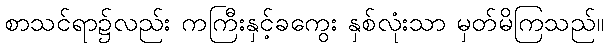
စာသင်ရာ၌လည်း ကကြီးနှင့်ခကွေး နှစ်လုံးသာ မှတ်မိကြသည်။